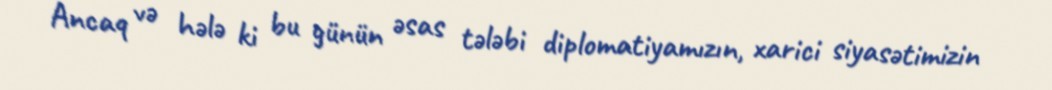
Ancaq və hələ ki bu günün əsas tələbi diplomatiyamızın, xarici siyasətimizin